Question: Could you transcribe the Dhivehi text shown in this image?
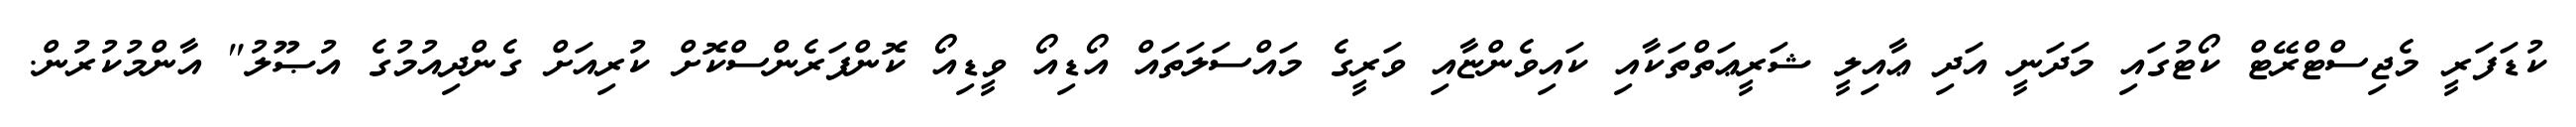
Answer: ކުޑަފަރީ މެޖިސްޓްރޭޓް ކޯޓުގައި މަދަނީ އަދި ޢާއިލީ ޝަރީޢަތްތަކާއި ކައިވެންޏާއި ވަރީގެ މައްސަލަތައް އޯޑިއޯ ވީޑިއޯ ކޮންފަރެންސްކޮށް ކުރިއަށް ގެންދިއުމުގެ އުޞޫލު" އާންމުކުރުން.